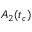
A _ { 2 } ( t _ { c } )